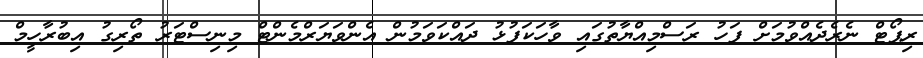
ރިޕޯޓް ނެރެދެއްވުމަށް ފަހު ރަސްމިއްޔާތުގައި ވާހަކަފުޅު ދައްކަވަމުން އެންވަޔަރްމެންޓް މިނިސްޓަރު ތޯރިގު އިބުރާހީމް